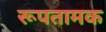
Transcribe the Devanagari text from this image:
रूपतामक